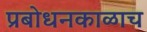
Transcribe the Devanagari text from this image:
प्रबोधनकाळाच